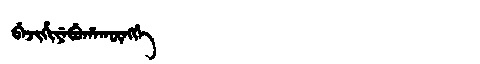
Manchu: ᠪᡝᠵᡳᡥᡳᠶᡝᠪᡠᡥᠠᡴᡡᠩᡤᡝ
Romanization: BEJIHIYEBUHAKŪNGGE